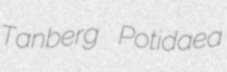
Tanberg Potidaea